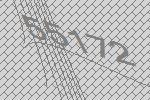
55172